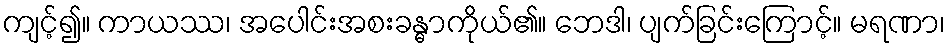
ကျင့်၍။ ကာယဿ၊ အပေါင်းအစးခန္ဓာကိုယ်၏။ ဘေဒါ၊ ပျက်ခြင်းကြောင့်။ မရဏာ၊